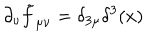
\partial _ { \nu } \tilde { f } _ { \mu \nu } = \delta _ { 3 \mu } \delta ^ { 3 } ( x )